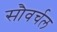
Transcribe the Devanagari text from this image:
सौवर्चल